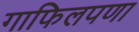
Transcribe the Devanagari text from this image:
गाफिलपणा